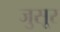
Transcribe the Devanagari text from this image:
जुसूर